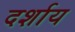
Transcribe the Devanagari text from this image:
दर्शाय